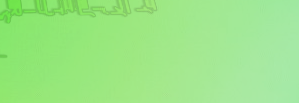
مركز لترميم الأحذية القدي